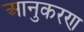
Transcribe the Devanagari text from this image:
आनुकरण